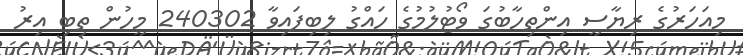
މިއަހަރުގެ ރިޔާސީ އިންތިހާބުގަ ވޯޓުލުމުގެ ހައްގު ލިބިފައިވާ 240302 މީހުން ތިބި އިރު